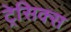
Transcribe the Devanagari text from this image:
ट्रेसिक्स